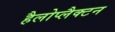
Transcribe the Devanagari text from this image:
हैलोप्लैक्टन